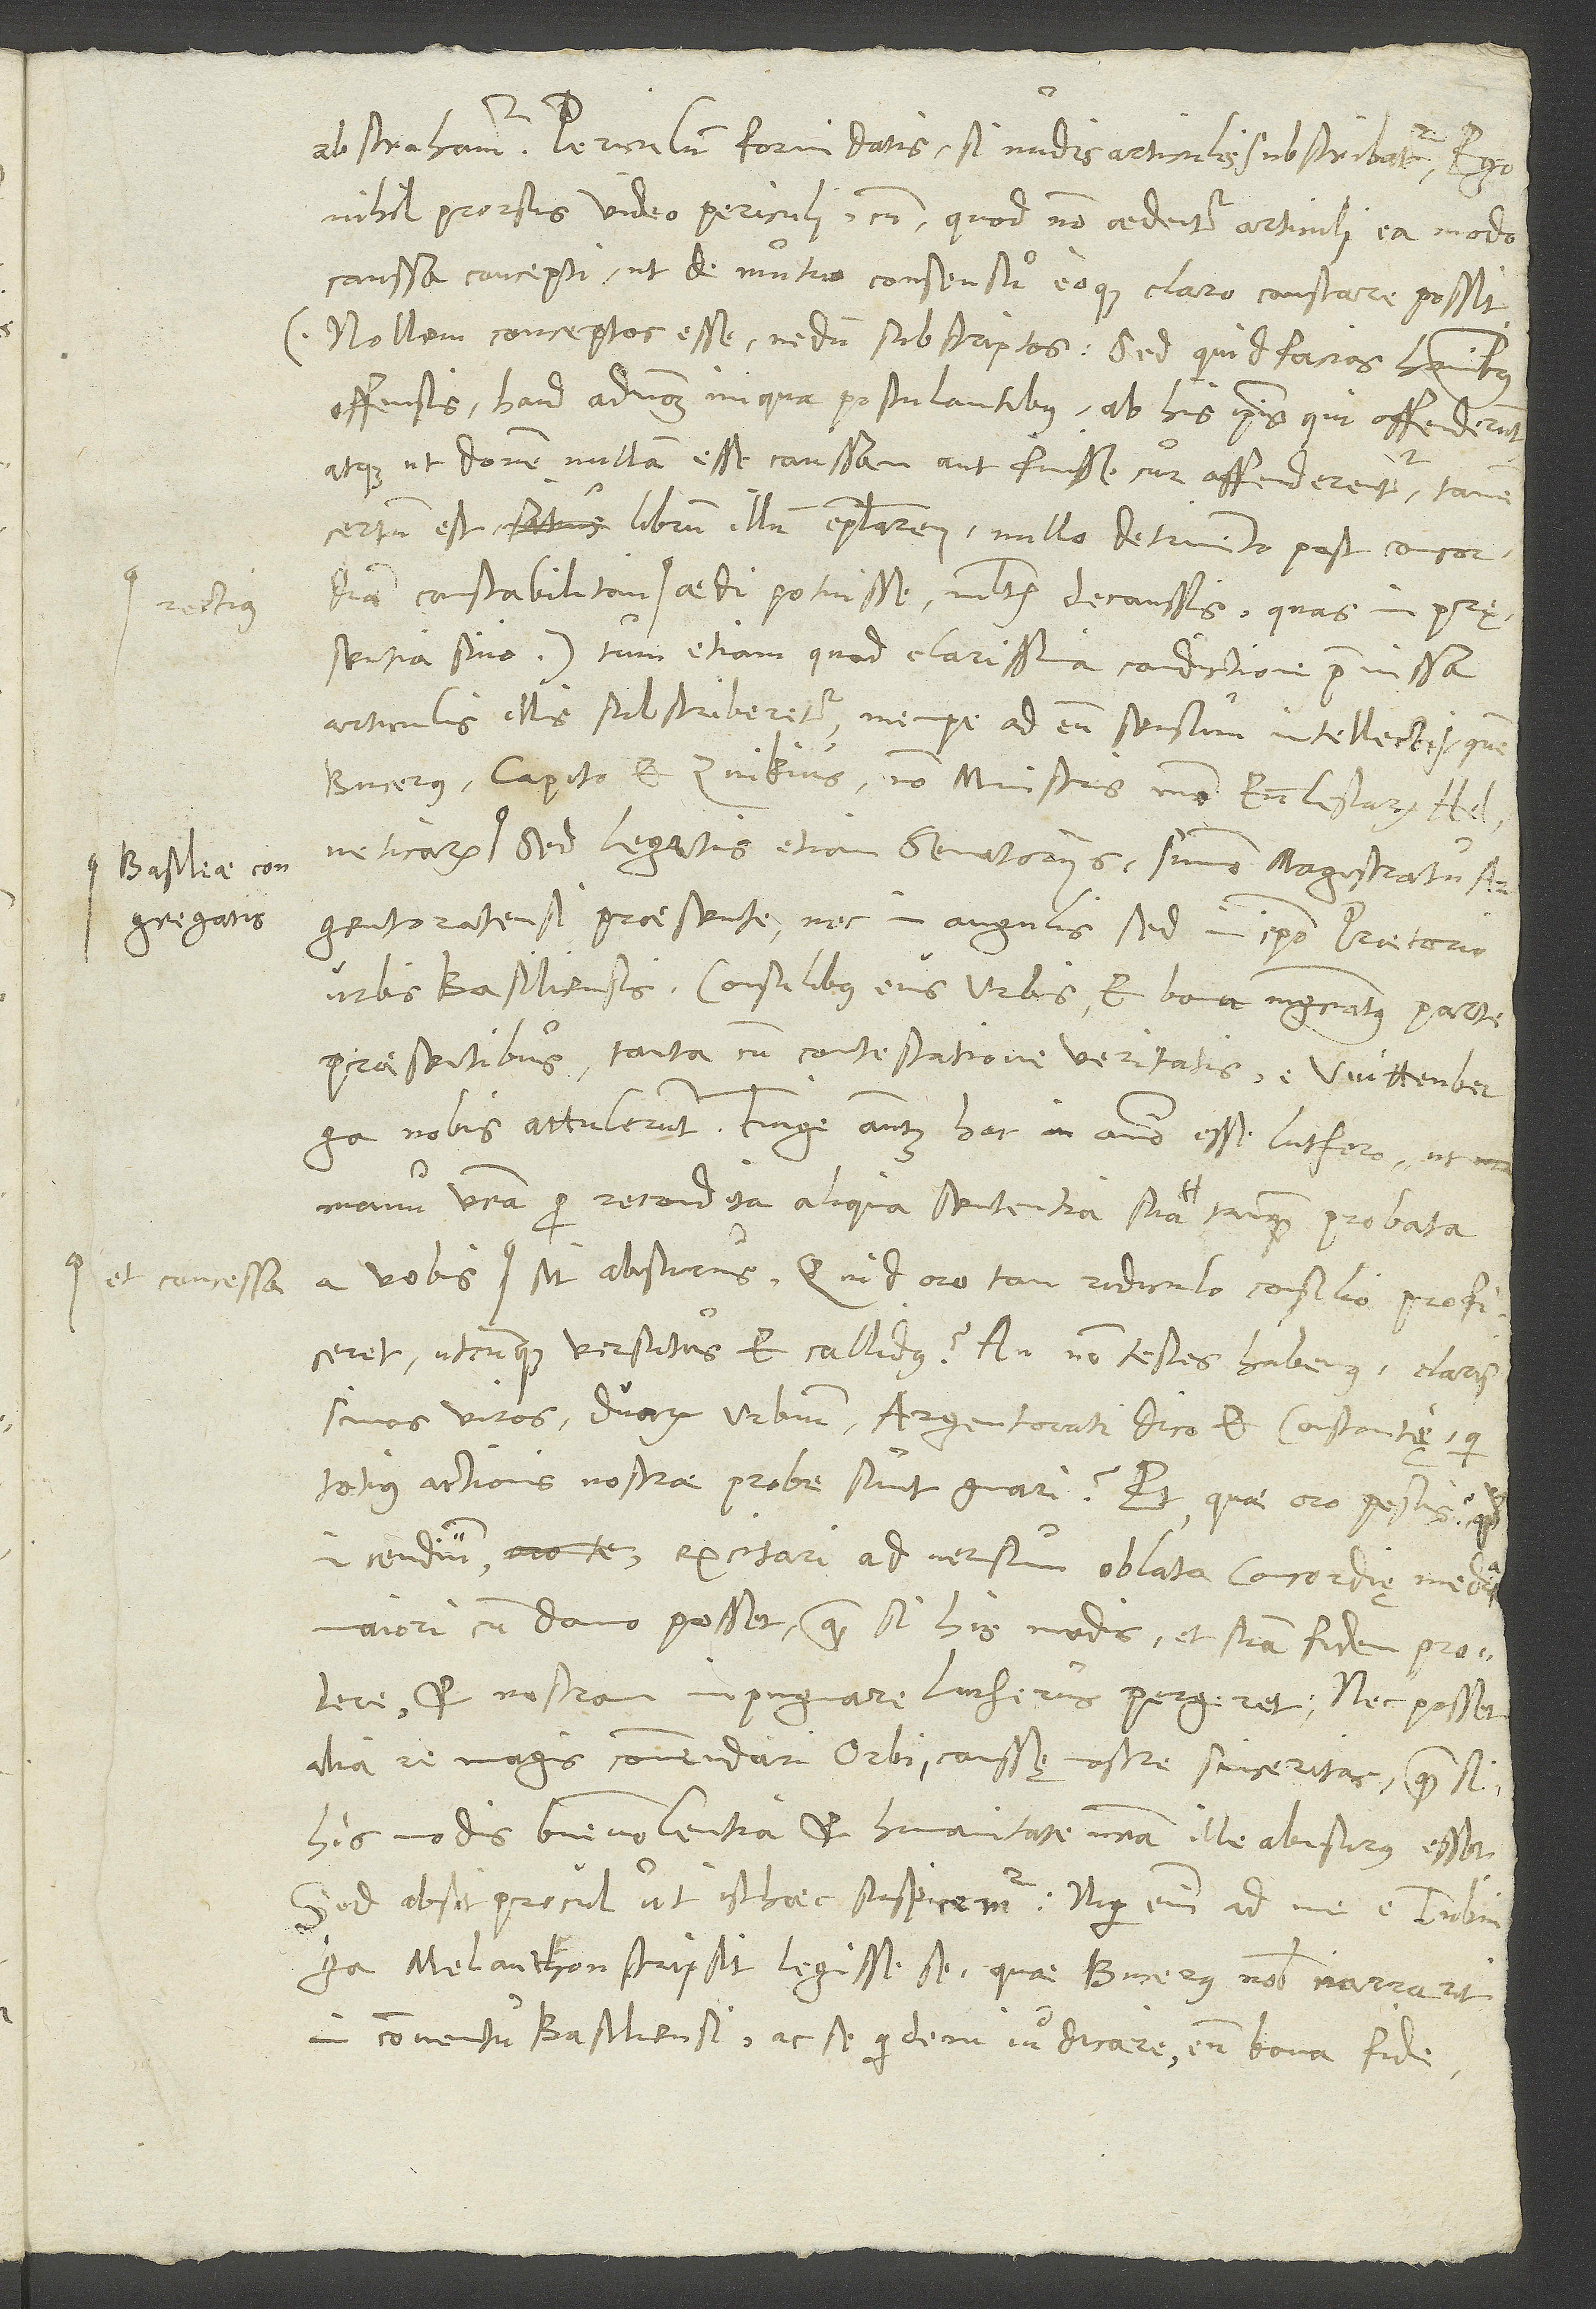
rectius
et concessa

S.
Periculum formidatis, si nudis articulis subscribatur. Ego
nihil prorsus video periculi, cum, quod non aedentur articuli ea modo
caussa concepti, ut de mutuo consensu eoque claro constare possit
(nollem conceptos esse, nedum subseriptos: sed quid facias hominibus
offensis haud admodum iniqua postulantibus ab his ipsis, qui offenderunt?
Atque ut donem nullam esse caussam aut fuisse, cur offenderentur, tamen
certum est librum illum epistolarem nullo detrimento post concordiam
pręsentia sino), tum etiam, quod clarissima conditione praemissa
articulis illis subscriberetur, nempe ad eum sensum intellectis, quem
Bucerus, Capito et Zvikius non ministris modo ecclesiarum Helveticarum
sed legatis etiam senatoriis summo magistratu
Argentoratensi praesente nec in angulis, sed in ipso praetorio
urbis Basiliensis, consulibus eius urbis et bona magistratus parte
praesentibus, tanta cum contestatione veritatis e Wittenberga
manu vestra pro recondita aliqua sententia sua tanquam probata
utcunque versutus et callidus? An non testes habemus clarissimos
viros duarum urbium, Argentorati dico et Constantię, qui
totius actionis nostrae probe sunt gnari? Et quae, oro, pestis, quod
incendium excitari adversum oblata concordię media
maiori cum damno posset, quam si his modis et suam fidem prodere
et nostram impugnare Lutherus pergeret? Nec posset
alia re magis commendari orbi caussę nostre sinceritas, quam si
his modis benevolentia et humanitate nostra ille abusurus esset.
Sed absit procul, ut isthaec suspicemur. Nuper enim ad me e Tubinga
Melanthon scripsit legisse se, quae Bucerus nobis narrant
in conventu Basiliensi, ac se quidem judicare eum bona fide